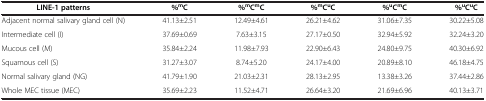
| LINE-1 patterns | %mC | %mCmC | %mCuC | %uCmC | %uCuC |
 | --- | --- | --- | --- | --- | --- |
 | Adjacent normal salivary gland cell (N) | 41.13±2.51 | 12.49±4.61 | 26.21±4.62 | 31.06±7.35 | 30.22±5.08 |
 | Intermediate cell (I) | 37.69±0.69 | 7.63±3.15 | 27.17±0.50 | 32.94±5.92 | 32.24±3.20 |
 | Mucous cell (M) | 35.84±2.24 | 11.98±7.93 | 22.90±6.43 | 24.80±9.75 | 40.30±6.92 |
 | Squamous cell (S) | 31.27±3.07 | 8.74±5.20 | 24.17±4.00 | 20.89±8.10 | 46.18±4.75 |
 | Normal salivary gland (NG) | 41.79±1.90 | 21.03±2.31 | 28.13±2.95 | 13.38±3.26 | 37.44±2.86 |
 | Whole MEC tissue (MEC) | 35.69±2.23 | 11.52±4.71 | 26.64±3.20 | 21.69±6.96 | 40.13±3.71 |